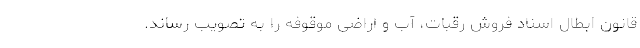
قانون ابطال اسناد فروش رقبات، آب و اراضی موقوفه را به تصویب رساند.